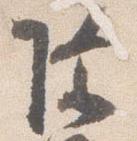
除